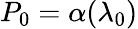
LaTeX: P_{0}=\alpha(\lambda_{0})